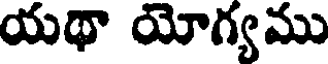
యథా యోగ్యము